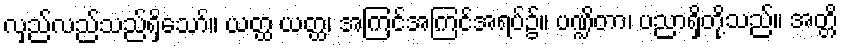
လှည်လည်သည်ရှိသော်။ ယတ္ထ ယတ္ထ၊ အကြင်အကြင်အရပ်၌။ ပဏ္ဍိတာ၊ ပညာရှိတို့သည်။ အတ္တိ